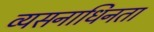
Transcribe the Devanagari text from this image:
व्यसनाधिनता